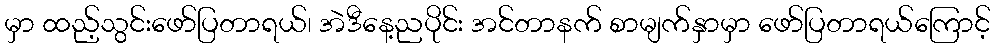
မှာ ထည့်သွင်းဖော်ပြတာရယ်၊ အဲဒီနေ့ညပိုင်း အင်တာနက် စာမျက်နှာမှာ ဖော်ပြတာရယ်ကြောင့်